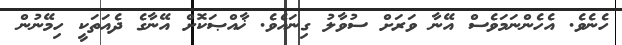
ހެނެވެ. އެހެންނަމަވެސް އޭނާ ވަރަށް ސުވާލު ގިނައެވެ. ޚާއްޞަކޮށް އޭނާގެ ދެއަތަކީ ހިމޭނުން